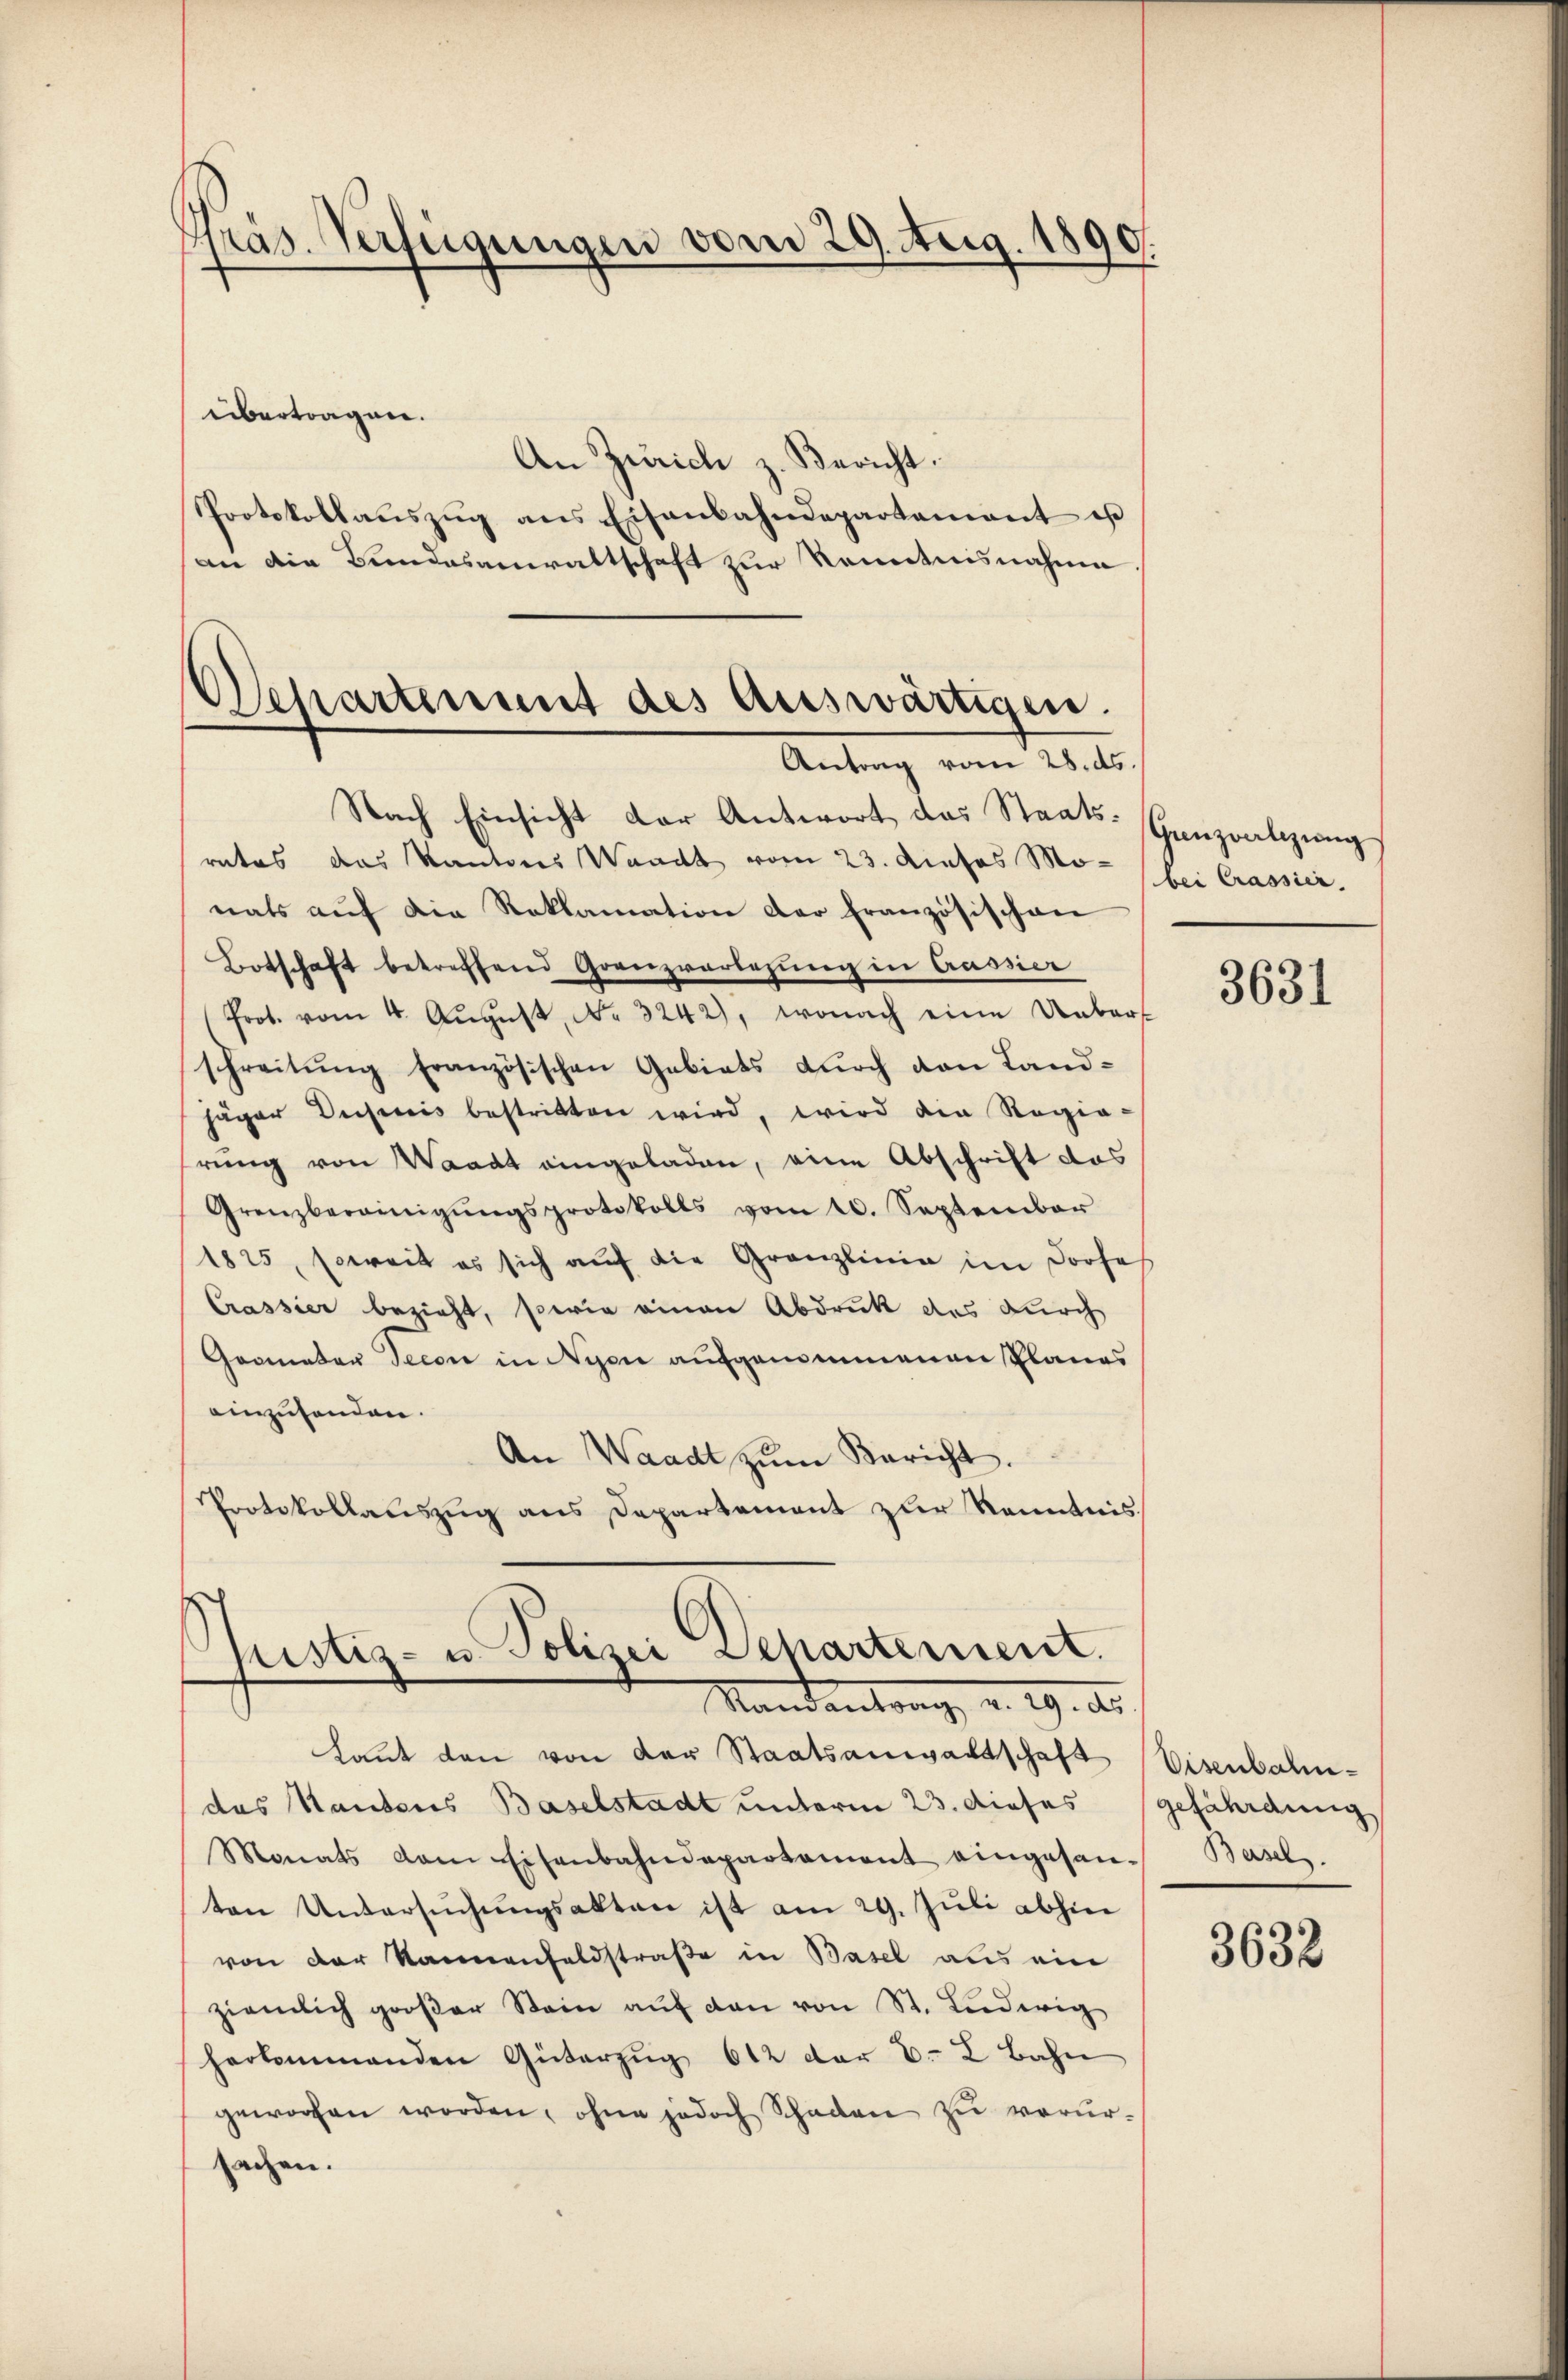
Präs. Verfügungen vom 29. Aug. 1890.

An Zürich z. Bericht.
Protokollaŭszŭg ans Eisenbahndepartamant es
an die Bundesanwaltschaft zur Kenntnisnahme

übertragen.

Departement des auswärtigen.
Antrag vom 28. ds.
Nach Einsicht der Antwort das Staats-Hanzalung

rates das Kantons Waadt vom 23. dieses Monats aŭf die Reklamation der französischen
Botschaft betreffend Grenzvorlegung in Aussier
Prot. vom 4. Aŭgŭst No. 3242), wonach eine Uebers
schreitung französischen Gebiets durch den Landjäger Dechanis bestritten wird, wird die Regie-
rung von Waadt eingeladen, eine Abschrift das
Grenzbereinigŭngsprotokolls vom 10. September
1825, soweit es sich auf die Granzlinie im Dorfe
Crassier bezieht, sowie einen Abdruck des durch
Gronaten Secon in Nyon aufgenommenen Planes
einzusenden.
An Waadt zŭm Bericht.
Protokollauszug aus Departement zur Kenntnis

Justiz- u. Polizei Separtement.
Mandantrag, a. 19. ds.

bei Crassier.

Laŭt den von der Staatsanwaltschaft
das Kantons Baselstadt unterm 23. dieses gefährdung
Monats dem Eisenbahndepartament eingesan Basel.
ten Untersŭchŭngsakten ist am 29. Jŭli abhin
von der Sanenfeldstraße in Basel aus ein
ziemlich großer Stein aŭf den von St. Lŭdwig
herkommenden Güterzug 612 der B. 2 Bahn
geworfen worden, ohne jedoch Schaden zu verursachen.

3631

Eisenbahn¬

3632